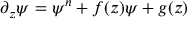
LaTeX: \partial _ { z } \psi = \psi ^ { n } + f ( z ) \psi + g ( z )